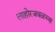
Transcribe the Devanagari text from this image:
लाहोरजवळच्या